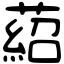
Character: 𦹄